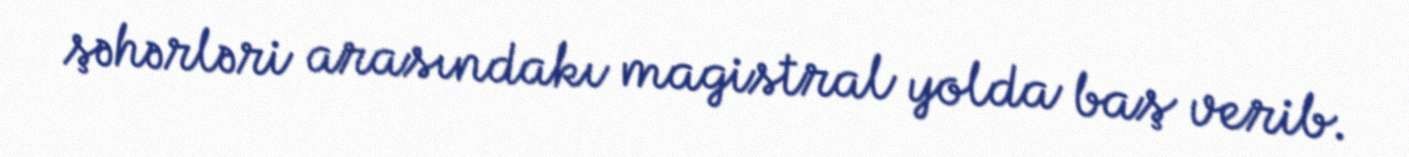
şəhərləri arasındakı magistral yolda baş verib.